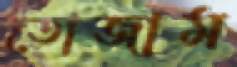
তোজাম